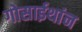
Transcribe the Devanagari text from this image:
गोसाईथांन